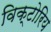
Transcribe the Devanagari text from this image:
विक्टोरिय